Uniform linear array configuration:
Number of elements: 48
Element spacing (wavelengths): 1
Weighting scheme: hamming
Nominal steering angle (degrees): -30
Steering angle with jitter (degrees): -31.375
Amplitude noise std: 0.05
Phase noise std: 0.05

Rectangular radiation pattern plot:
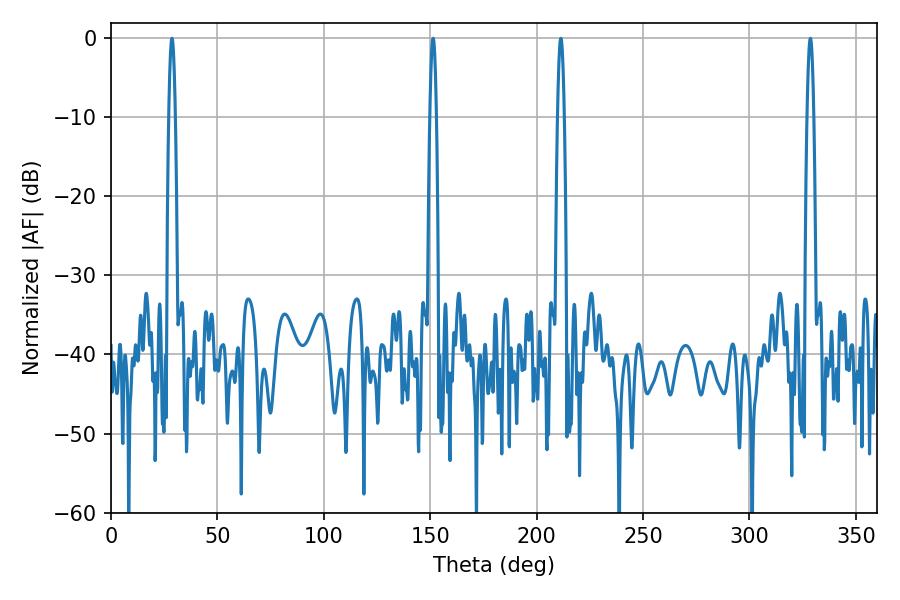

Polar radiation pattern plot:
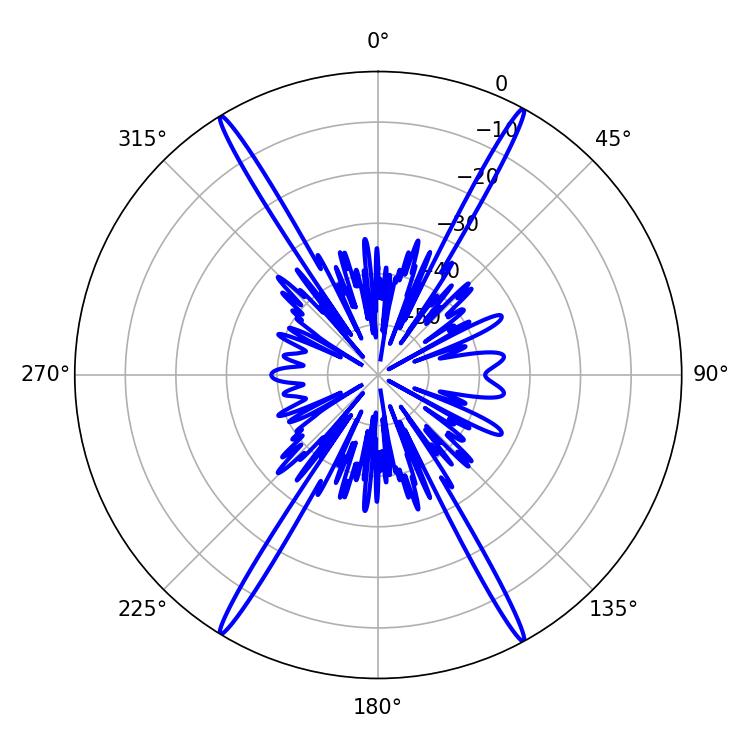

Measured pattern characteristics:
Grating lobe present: TRUE
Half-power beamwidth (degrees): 1.62
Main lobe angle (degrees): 151.38